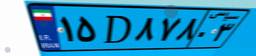
۱۵D۸۷۸۰۳